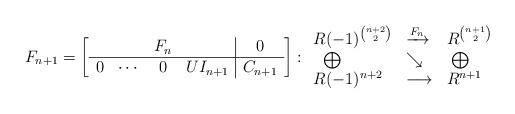
LaTeX: \begin{align*}F_{n+1} = \left[\begin{array}{cccc|c}& & F_n & & 0 \\ \hline0& \cdots & 0 & U I_{n+1} & C_{n+1}\end{array} \right] : {\begin{array}{lll}R(-1)^{\binom{n+2}{2}} & \xrightarrow{F_n} & R^{\binom{n+1}{2}} \\\;\; \bigoplus & \searrow & \;\bigoplus \\R(-1)^{n+2} & \longrightarrow & R^{n+1}\end{array}}\end{align*}